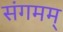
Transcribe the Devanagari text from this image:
संगमम्